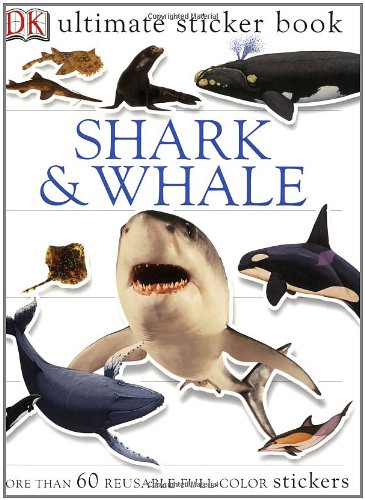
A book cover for Ultimate Sticker Book: Shark and Whale; DK Publishing; Children's Books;